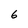
Character: 6